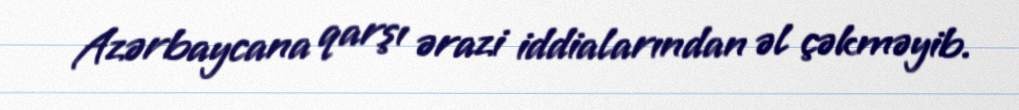
Azərbaycana qarşı ərazi iddialarından əl çəkməyib.